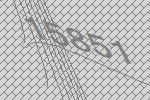
15851